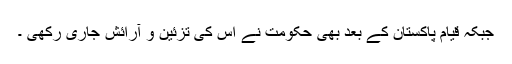
جبکہ قیام پاکستان کے بعد بھی حکومت نے اس کی تزئین و آرائش جاری رکھی ۔